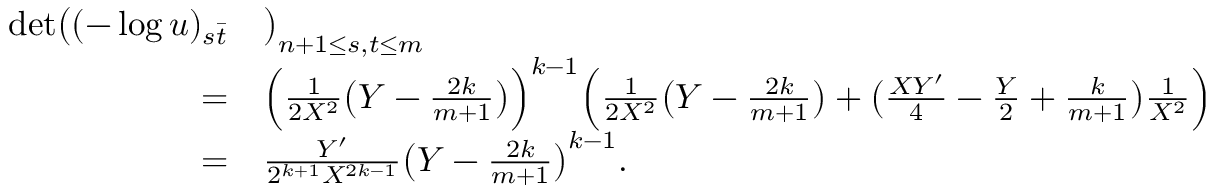
\begin{array} { r l } { \operatorname* { d e t } \bigl ( ( - \log u ) _ { s \bar { t } } } & { \bigr ) _ { n + 1 \leq s , t \leq m } } \\ { = } & { \Bigl ( \frac { 1 } { 2 X ^ { 2 } } \bigl ( Y - \frac { 2 k } { m + 1 } \bigr ) \Bigr ) ^ { k - 1 } \Bigl ( \frac { 1 } { 2 X ^ { 2 } } \bigl ( Y - \frac { 2 k } { m + 1 } \bigr ) + \bigl ( \frac { X Y ^ { \prime } } { 4 } - \frac { Y } { 2 } + \frac { k } { m + 1 } \bigr ) \frac { 1 } { X ^ { 2 } } \Bigr ) } \\ { = } & { \frac { Y ^ { \prime } } { 2 ^ { k + 1 } X ^ { 2 k - 1 } } \bigl ( Y - \frac { 2 k } { m + 1 } \bigr ) ^ { k - 1 } . } \end{array}